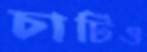
চাটিও